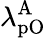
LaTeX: \lambda_{\mathrm{pO}}^{\mathrm{A}}